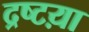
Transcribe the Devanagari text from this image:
द्रष्टय़ा